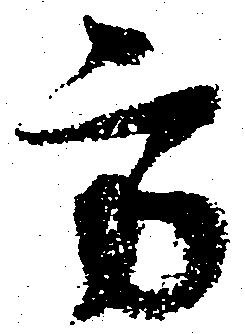
方